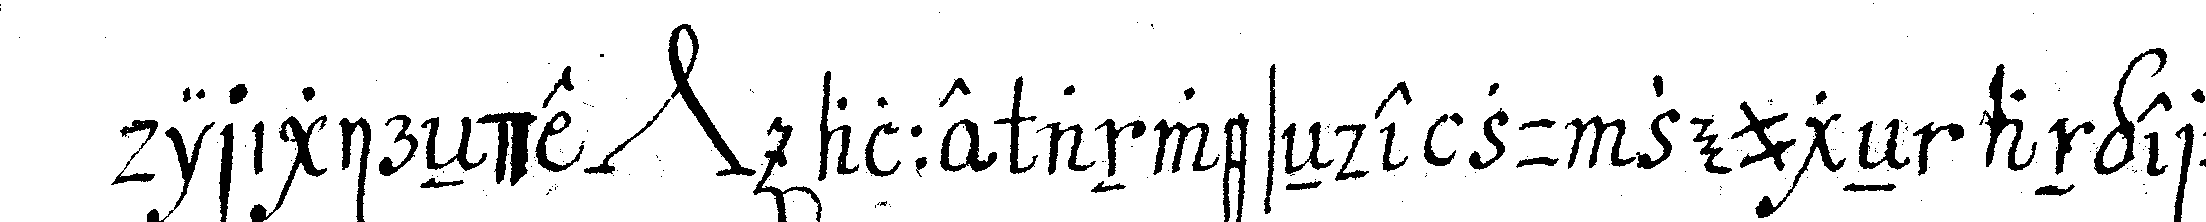
dirigireNde *nee* alle anweseNde zu zeugeN angeruffeN